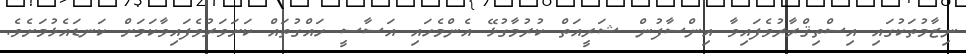
ނިޒާމުތަކުގައި އިސްތިޤްރާރުވެފައިވާ އިންސާފުން ޝަރީއަތް ކުރުމާގުޅޭ އެންމެހައި އަސާސީ ހައްގުތައް ކަށަވަރުވެފައިވާކަމަށް ކަނޑައެޅުމަށެވެ.